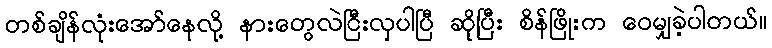
တစ်ချိန်လုံးအော်နေလို့ နားတွေလဲငြီးလှပါပြီ ဆိုပြီး စိန်ဖြိုးက ဝေမျှခဲ့ပါတယ်။